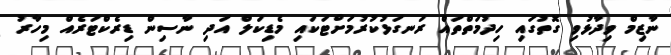
ނާޒިމް ވިދާޅުވި ގޮތުގައި ހިދުމަތްތައް ރަނގަޅުކުރުމަށްޓަކައި މެޑިކަލް އަދި ނާސިން ޑިރެކްޓަރެއް މިހާރު